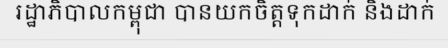
រដ្ឋាភិបាលកម្ពុជា បានយកចិត្តទុកដាក់ និងដាក់